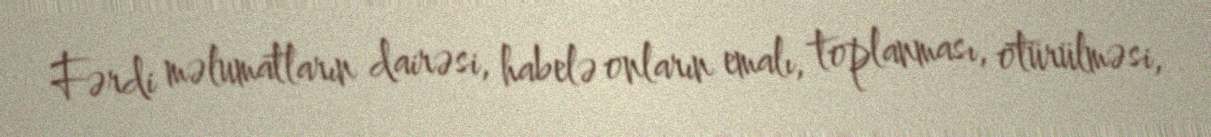
Fərdi məlumatların dairəsi, habelə onların emalı, toplanması, ötürülməsi,